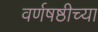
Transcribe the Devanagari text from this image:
वर्णषष्ठीच्या